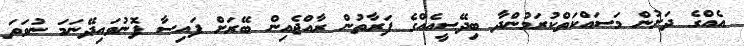
އެއްގެ ދަށުން މަސައްކަތްކުރަމުންދާ ބިދޭސީއެއްގެ ފަރާތުން ރާއްޖެއިން ބޭރަށް ފައިސާ ފޮނުވައިދޭނަމަ ނުވަތަ